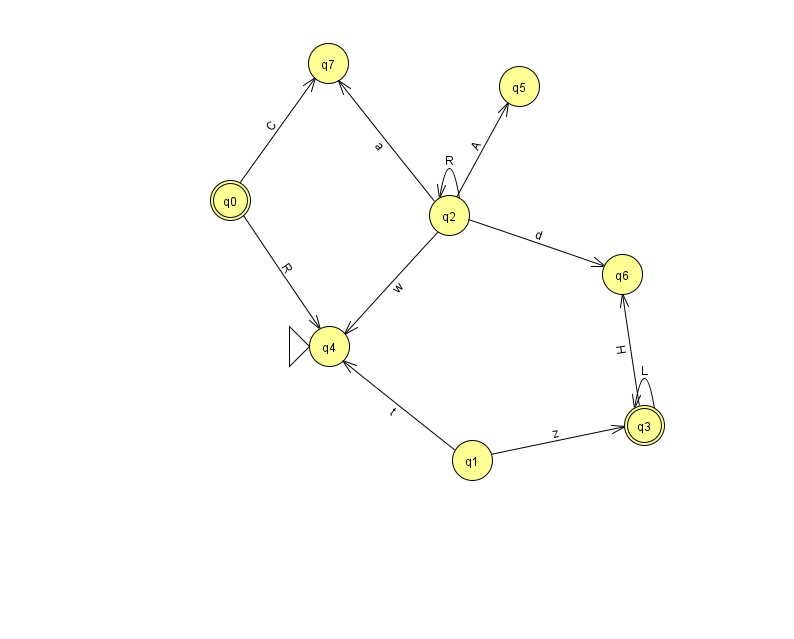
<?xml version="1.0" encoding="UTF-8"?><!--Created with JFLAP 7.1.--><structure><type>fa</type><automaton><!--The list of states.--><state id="0" name="q0"><x>230.0</x><y>187.0</y><final/></state><state id="1" name="q1"><x>472.0</x><y>447.0</y></state><state id="2" name="q2"><x>449.0</x><y>202.0</y></state><state id="3" name="q3"><x>644.0</x><y>412.0</y><final/></state><state id="4" name="q4"><x>329.0</x><y>333.0</y><initial/></state><state id="5" name="q5"><x>519.0</x><y>73.0</y></state><state id="6" name="q6"><x>622.0</x><y>261.0</y></state><state id="7" name="q7"><x>328.0</x><y>50.0</y></state><!--The list of transitions.--><transition><from>0</from><to>4</to><read>R</read></transition><transition><from>2</from><to>4</to><read>w</read></transition><transition><from>2</from><to>2</to><read>R</read></transition><transition><from>2</from><to>5</to><read>A</read></transition><transition><from>0</from><to>7</to><read>C</read></transition><transition><from>1</from><to>3</to><read>z</read></transition><transition><from>3</from><to>3</to><read>L</read></transition><transition><from>1</from><to>4</to><read>t</read></transition><transition><from>2</from><to>6</to><read>d</read></transition><transition><from>2</from><to>7</to><read>a</read></transition><transition><from>3</from><to>6</to><read>H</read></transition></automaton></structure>